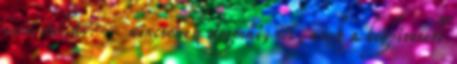
nem vallás: - nincsenek dogmái, sőt, azok a leghíresebb